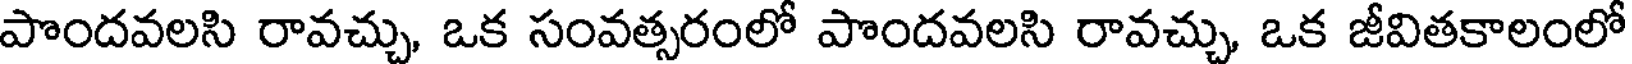
పొందవలసి రావచ్చు, ఒక సంవత్సరంలో పొందవలసి రావచ్చు, ఒక జీవితకాలంలో